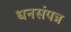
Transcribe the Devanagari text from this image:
धनसंपन्न